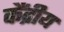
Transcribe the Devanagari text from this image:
कैंद्रीय